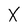
Character: X